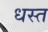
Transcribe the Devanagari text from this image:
धस्त